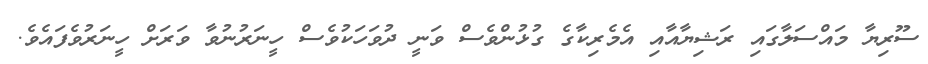
ސޫރިޔާ މައްސަލާގައި ރަޝިޔާއާއި އެމެރިކާގެ ގުޅުންވެސް ވަނީ ދުވަހަކުވެސް ހީނަރުނުވާ ވަރަށް ހީނަރުވެފައެވެ.